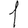
Digit: 1